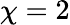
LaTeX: \chi=2